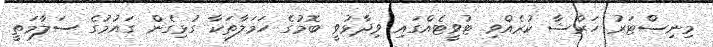
މިނިސްޓަރު ހަރްޝާ ކުރެއްވި ޓުވީޓެއްގައި ވިދާޅުވީ ބޮމުގެ ހަމަލާތަކާ ގުޅިގެން ގައުމުގެ ސަލާމަތީ